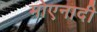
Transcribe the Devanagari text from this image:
मोएनादी